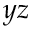
y z